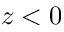
z < 0